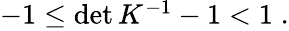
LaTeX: \begin{array}{r}{-1\leq\operatorname*{det}K^{-1}-1<1\; .}\end{array}